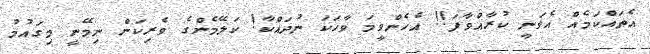
އެތައްކަމެއް އެވަނީ ކުރާއްވާފަ!! އެހެންވީމަ ވާހަކަ ނުދައްކާ! ކަލޭމެންގެ ވެރިކަން ނިމޭނީ މިގައުމު